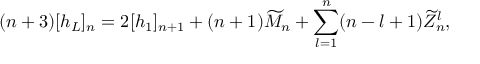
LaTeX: ( n + 3 ) [ h _ { L } ] _ { n } = 2 [ h _ { 1 } ] _ { n + 1 } + ( n + 1 ) \widetilde M _ { n } + \sum _ { l = 1 } ^ { n } ( n - l + 1 ) \widetilde Z _ { n } ^ { l } ,